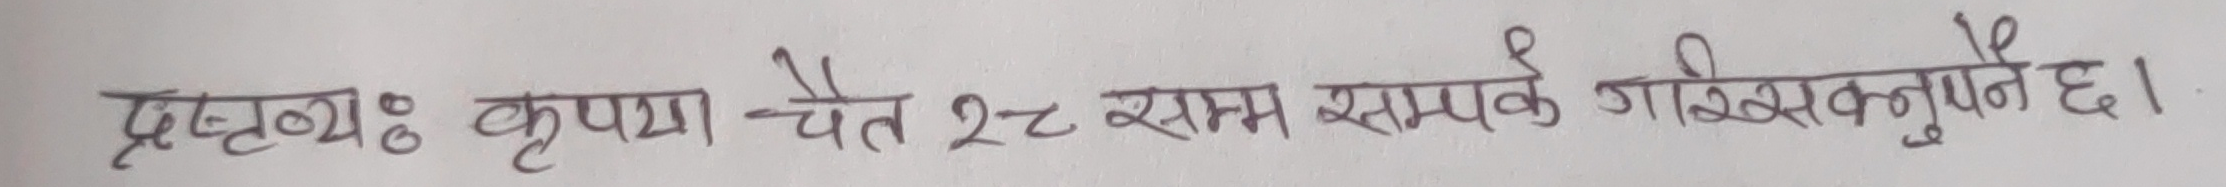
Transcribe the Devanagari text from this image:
प्रत्ययः कृपया चैत २८ सम्म सम्पर्क गरिसक्नुपर्ने छ।